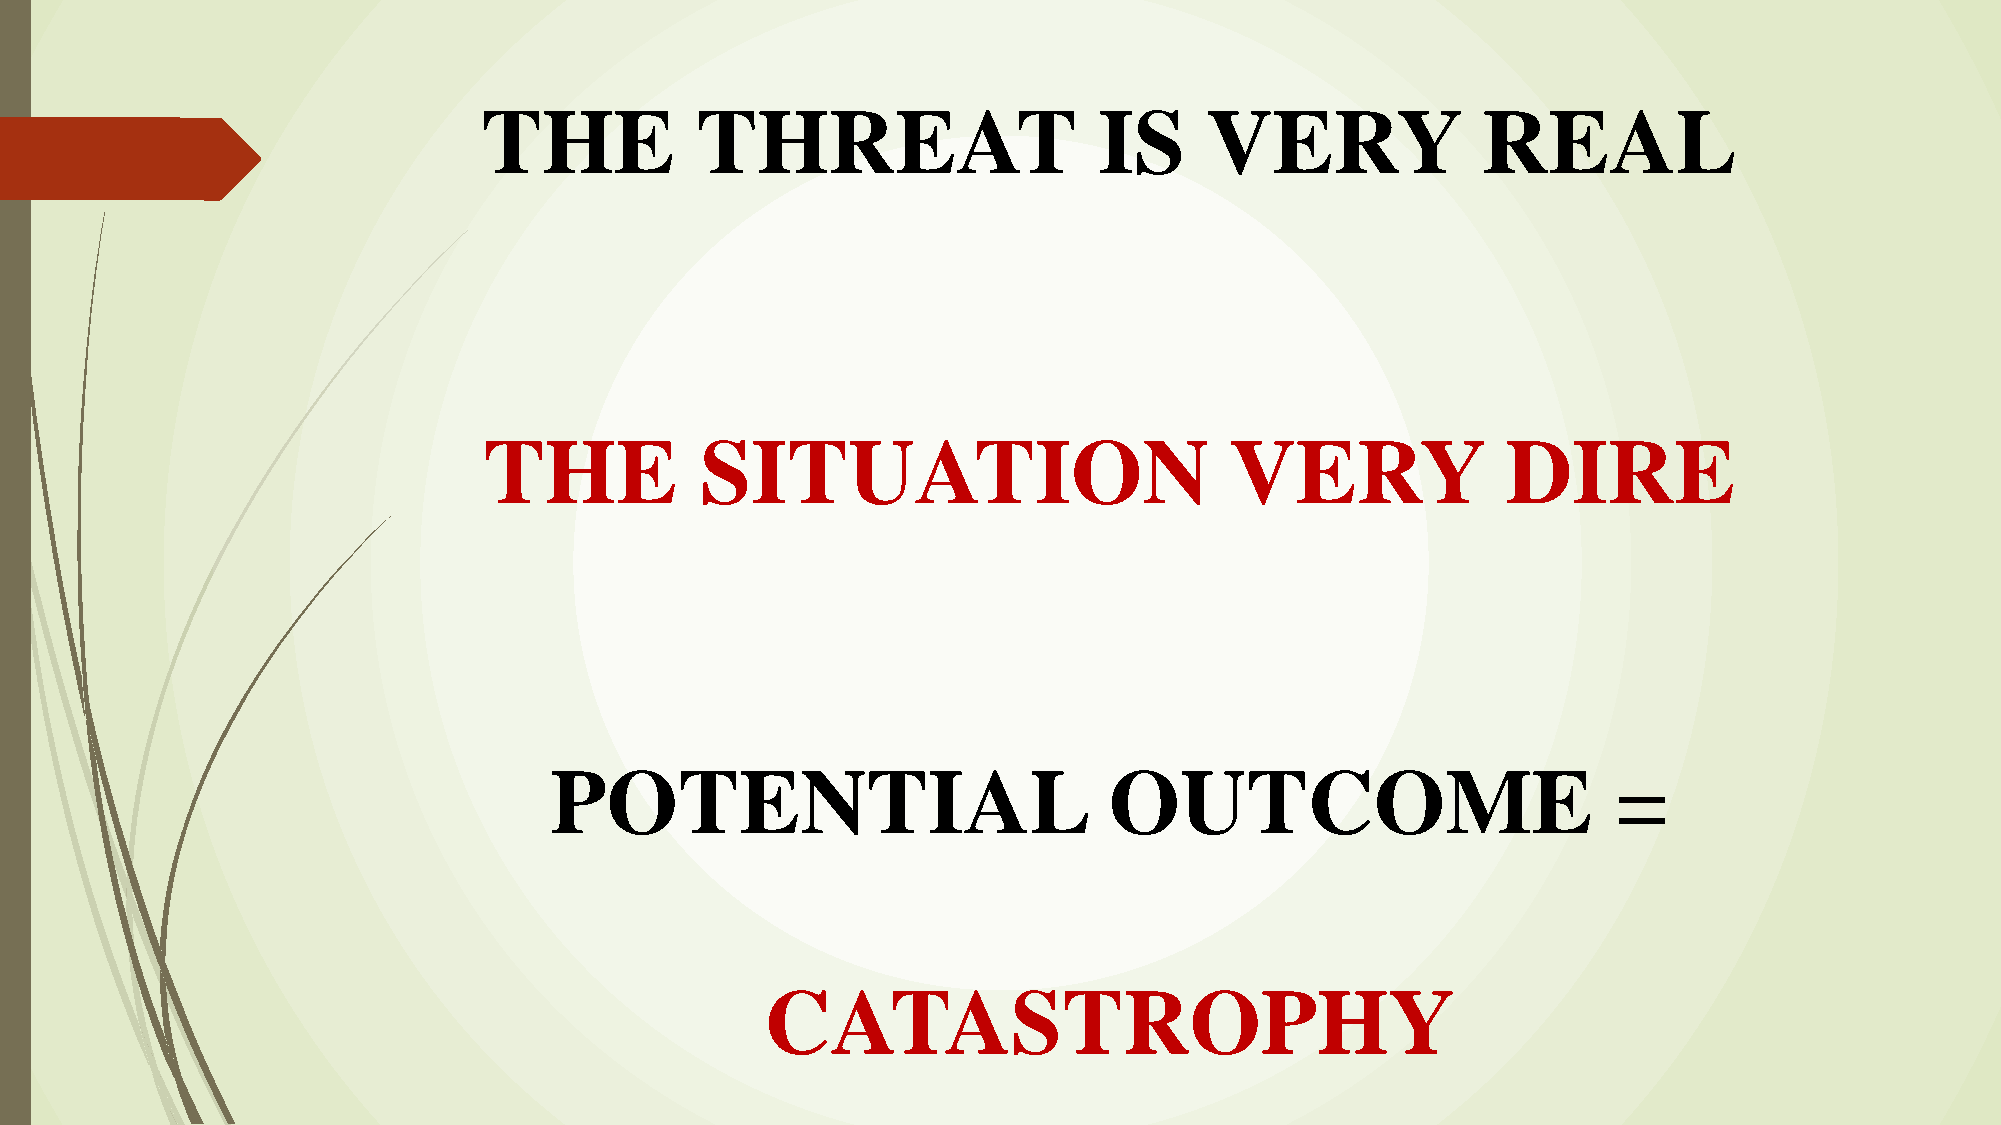
THE           THREAT                     IS     VERY              REAL
 THE           SITUATION                          VERY               DIRE
 POTENTIAL                            OUTCOME                           =
 CATASTROPHY